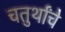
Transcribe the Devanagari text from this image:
चतुर्थांचे